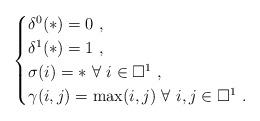
LaTeX: \begin{align*}\begin{cases}\delta^0(*) = 0\ ,\\\delta^1 (*) = 1\ ,\\\sigma (i) = *\ \forall\ i\in \square^1\ ,\\\gamma (i,j) = \mathrm{max} (i,j)\ \forall\ i,j\in \square^1\ .\end{cases}\end{align*}